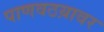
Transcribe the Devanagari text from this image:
पाणवठय़ावर